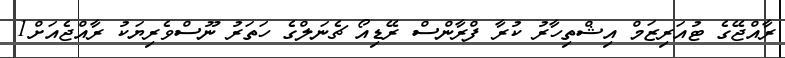
ރާއްޖޭގެ ޓުއަރިޒަމް އިޝްތިހާރު ކުރާ ފްރާންސް ރޭޑިއޯ ޗެނަލްގެ ހަތަރު ނޫސްވެރިޔަކު ރާއްޖެއަށް1